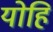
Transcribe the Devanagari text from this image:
योहि